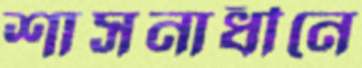
শাসনাধীনে